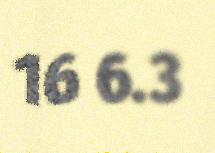
16 6.3